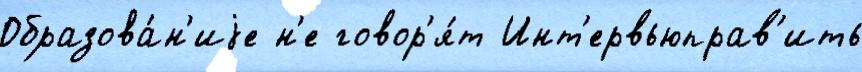
Образова́н'иjе н'е говор'я́т Инт'ервьюправ'ить